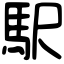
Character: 駅